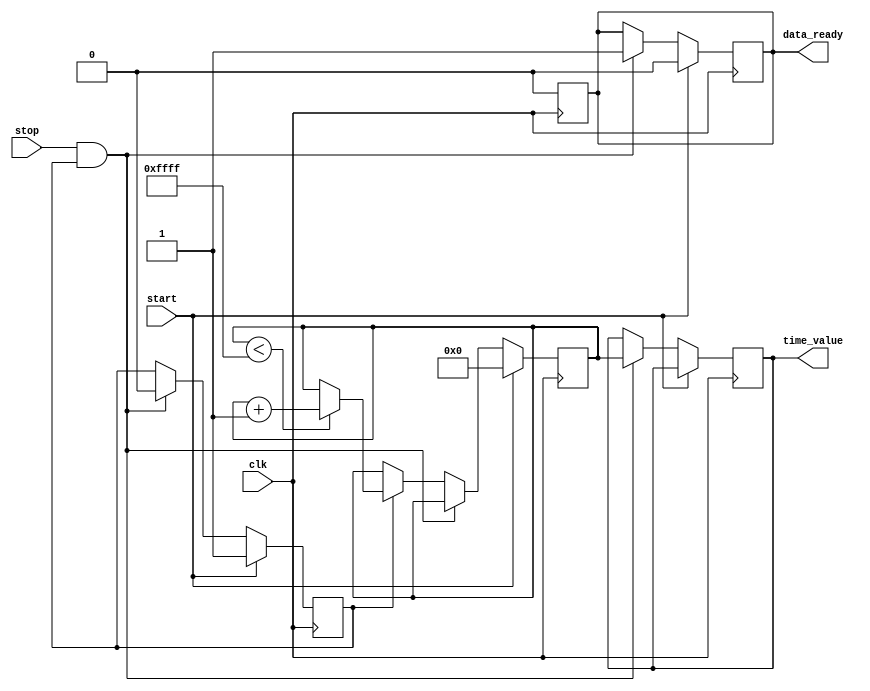
module TDC (
    input wire clk,              // Clock signal
    input wire start,            // Start signal
    input wire stop,             // Stop signal
    output reg [15:0] time_value, // Measured time interval in clock cycles
    output reg data_ready        // Indicates when the output data is valid
);

// Parameters
parameter MAX_COUNT = 16'hFFFF; // Maximum count value (16-bit counter)

// Internal signals
reg [15:0] counter;              // 16-bit counter
reg capturing;                   // Indicates if we are capturing the time

// State management
always @(posedge clk) begin
    if (start) begin
        // Reset the counter on start signal
        counter <= 0;
        capturing <= 1;         // Start capturing
        data_ready <= 0;        // Data not ready yet
    end else if (stop && capturing) begin
        // Stop capturing on stop signal
        time_value <= counter;   // Capture the current count value
        data_ready <= 1;         // Indicate that data is ready
        capturing <= 0;          // Stop capturing
    end else if (capturing) begin
        // Increment counter while capturing
        if (counter < MAX_COUNT) begin
            counter <= counter + 1; // Increment counter
        end
    end
end

// Reset data_ready signal after reading the time_value
always @(posedge clk) begin
    if (data_ready) begin
        // Reset data_ready after it is read
        data_ready <= 0;
    end
end

endmodule